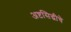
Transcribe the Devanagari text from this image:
अष्टसिद्धीचे